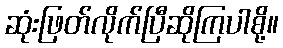
ဆုံးဖြတ်လိုက်ပြီဆိုကြပါစို့။